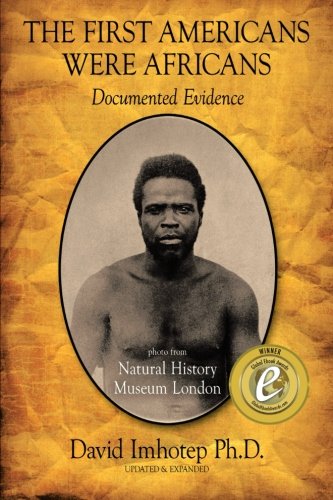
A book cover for The First Americans Were Africans: Documented Evidence; PhD David Imhotep; History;